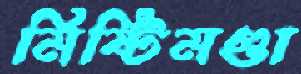
মিষ্টিমণ্ডা